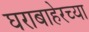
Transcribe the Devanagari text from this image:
घराबाहेरच्या